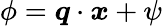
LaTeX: \phi=\boldsymbol{q}\cdot\boldsymbol{x}+\psi